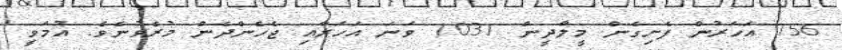
756 އަހަރުން ފެށިގެން މީލާދީން 1031 ވަނަ އަހަރާއި ޖެހެންދެން މުރެވުނެވެ. އުމަވީ